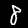
Label: 8